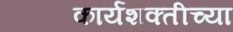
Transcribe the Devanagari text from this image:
कार्यशक्तीच्या